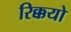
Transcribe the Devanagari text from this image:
रिक्कयो